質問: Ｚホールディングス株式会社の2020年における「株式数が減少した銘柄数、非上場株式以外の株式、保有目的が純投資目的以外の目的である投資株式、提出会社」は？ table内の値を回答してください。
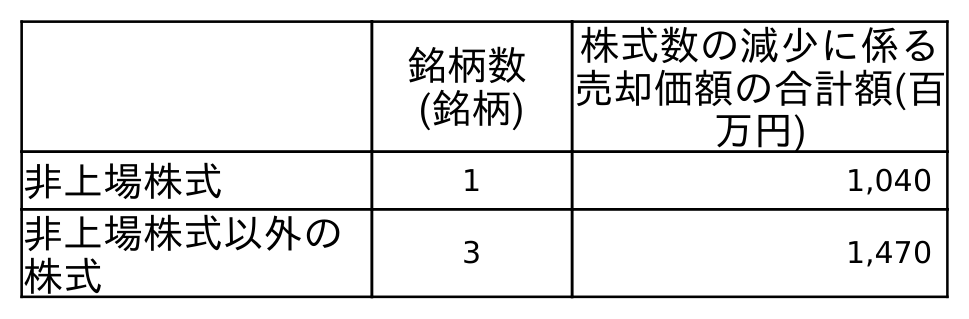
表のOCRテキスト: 銘柄数 (銘柄) 株式数の減少に係る 売却価額の合計額(百 万円) 非上場株式 1 1,040 非上場株式以外の 株式 3 1,470
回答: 3